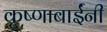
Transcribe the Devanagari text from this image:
कृष्णाबाईंनी